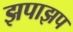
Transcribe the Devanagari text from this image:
झपाझप